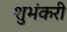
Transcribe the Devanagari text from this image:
शुभंकरी